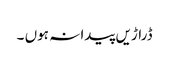
ڈراڑیں پیدا نہ ہوں ۔